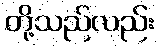
တို့သည်လည်း